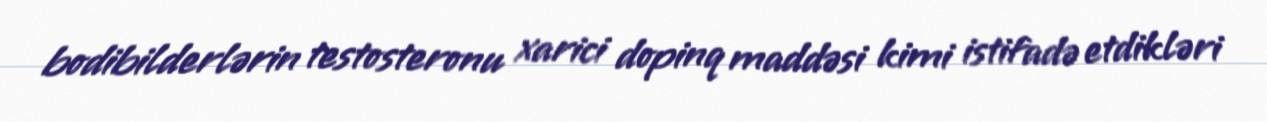
bodibilderlərin testosteronu xarici dopinq maddəsi kimi istifadə etdikləri